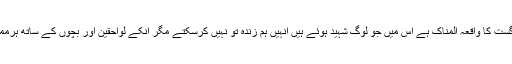
انہوں نے کہا کہ آٹھ اگست کا واقعہ المناک ہے اس میں جو لوگ شہید ہوئے ہیں انہیں ہم زندہ تو نہیں کرسکتے مگر انکے لواحقین اور بچوں کے ساتھ ہرممکن تعاون کریں گے ۔